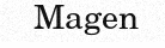
Magen